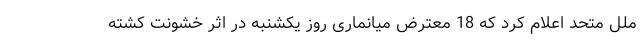
ملل متحد اعلام کرد که 18 معترض میانماری روز یکشنبه در اثر خشونت کشته